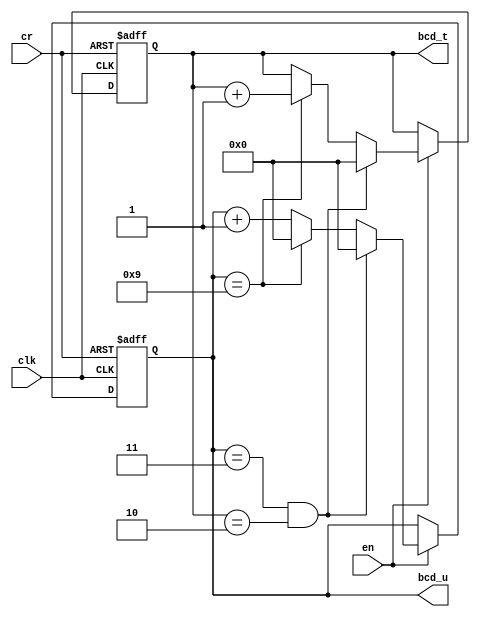
`timescale 1ns / 1ps
//////////////////////////////////////////////////////////////////////////////////
// Company: 
// Engineer: 
// 
// Design Name: 
// Module Name:    c24 
// Project Name: 
// Target Devices: 
// Tool versions: 
// Description: 
//
// Dependencies: 
//
// Revision: 
// Revision 0.01 - File Created
// Additional Comments: 
//
//////////////////////////////////////////////////////////////////////////////////
module c24(
    input clk,
    input en,
    input cr,
    output [3:0] bcd_t,
	 output [3:0] bcd_u
    );
	 reg [3:0] bcd_ur,bcd_tr;
	 assign bcd_u = bcd_ur;
	 assign bcd_t = bcd_tr;
	 always @(posedge clk or negedge cr)
		if(!cr)
		begin
			bcd_ur<=0;
			bcd_tr<=0;
		end
		else if(en)
			if((bcd_ur==3)&(bcd_tr==2))
				begin
				bcd_ur<=0;
				bcd_tr<=0;
				end
			else if(bcd_ur==9)
				begin
				bcd_tr<=bcd_tr+1'b1;
				bcd_ur<=0;
				end
			else
				bcd_ur<=bcd_ur+1'b1;
endmodule